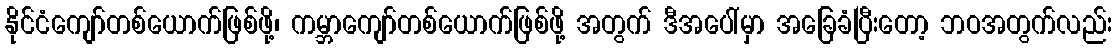
နိုင်ငံကျော်တစ်ယောက်ဖြစ်ဖို့၊ ကမ္ဘာကျော်တစ်ယောက်ဖြစ်ဖို့ အတွက် ဒီအပေါ်မှာ အခြေခံပြီးတော့ ဘဝအတွက်လည်း